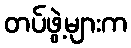
တပ်ဖွဲ့များက